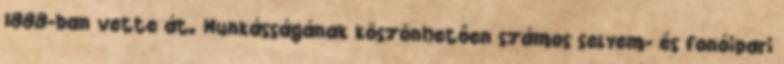
1888-ban vette át. Munkásságának köszönhetően számos selyem- és fonóipari